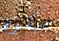
سيكون